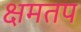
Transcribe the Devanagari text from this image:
क्षमतप